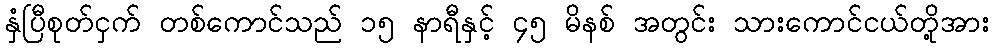
နှံပြီစုတ်ငှက် တစ်ကောင်သည် ၁၅ နာရီနှင့် ၄၅ မိနစ် အတွင်း သားကောင်ငယ်တို့အား